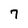
Character: 7